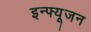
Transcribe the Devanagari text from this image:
इन्फ्यूजन